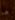
ما